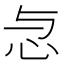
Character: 𢗓